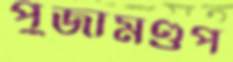
পুজামণ্ডপ